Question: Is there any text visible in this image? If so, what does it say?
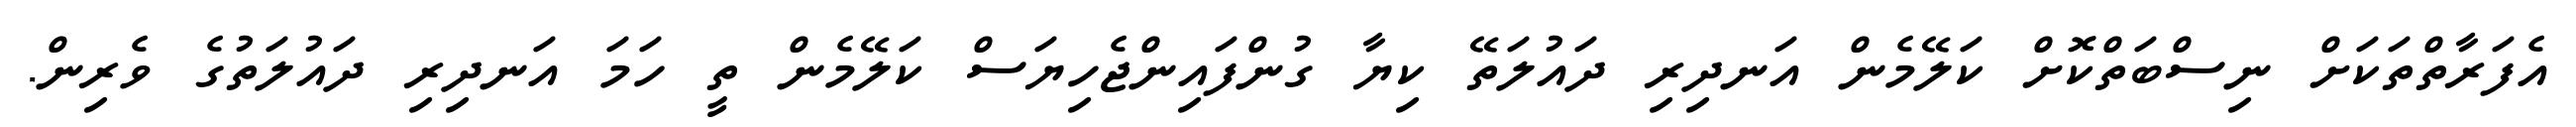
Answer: އެފަރާތްތަކަށް ނިސްބަތްކޮށް ކަލޭމެން އަނދިރި ދައުލަތޭ ކިޔާ ގުންފައިންޖެހިޔަސް ކަލޭމެން ތީ ހަމަ އަނދިރި ދައުލަތުގެ ވެރިން.